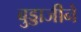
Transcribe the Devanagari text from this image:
बुड्डाजीने